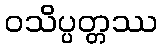
ဝသိပ္ပတ္တဿ